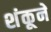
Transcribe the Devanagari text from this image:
शंकूने